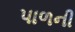
પાળની